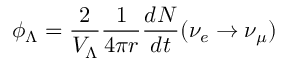
\phi _ { \Lambda } = \frac { 2 } { V _ { \Lambda } } \frac { 1 } { 4 \pi r } \frac { d N } { d t } ( \nu _ { e } \rightarrow \nu _ { \mu } )